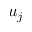
u _ { j }